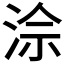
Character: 𪶅